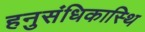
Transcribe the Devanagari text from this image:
हनुसंधिकास्थि